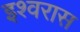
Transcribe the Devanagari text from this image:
इश्वरास